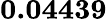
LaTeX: \mathbf{0.04439}